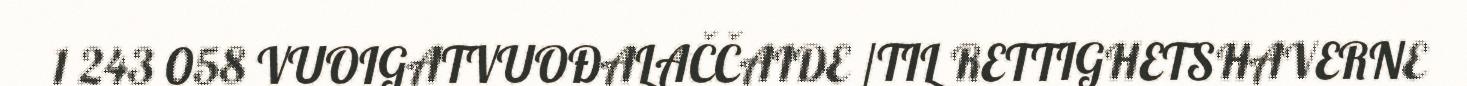
1 243 058 VUOIGATVUOĐALAČČAIDE /TIL RETTIGHETSHAVERNE